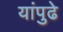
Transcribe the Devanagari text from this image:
यांपुढे